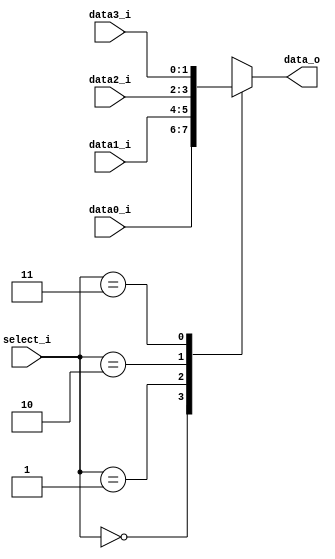
//Subject:     CO project 2 - MUX 221
//--------------------------------------------------------------------------------
//Version:     1
//--------------------------------------------------------------------------------
//Writer:      0816192
//----------------------------------------------
//----------------------------------------------
//Description: 
//--------------------------------------------------------------------------------
     
module MUX_4to1(
               data0_i,
               data1_i,
			   data2_i,
			   data3_i,
               select_i,
               data_o
               );

parameter size = 0;			   
			
//I/O ports               
input   [size-1:0] data0_i;          
input   [size-1:0] data1_i;
input   [size-1:0] data2_i;
input   [size-1:0] data3_i;
input   [   2-1:0] select_i;
output  [size-1:0] data_o; 

//Internal Signals
reg     [size-1:0] data_o;

//Main function
always @(*)begin
    case(select_i)
		0:data_o = data0_i;
		1:data_o = data1_i;
		2:data_o = data2_i;
		3:data_o = data3_i;
	endcase
end

endmodule